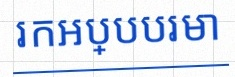
រកអប្បបរមា